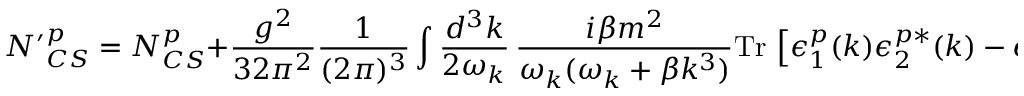
{ N ^ { \prime } } _ { C S } ^ { p } = N _ { C S } ^ { p } + \frac { g ^ { 2 } } { 3 2 \pi ^ { 2 } } \frac { 1 } { ( 2 \pi ) ^ { 3 } } \int \frac { d ^ { 3 } k } { 2 \omega _ { k } } \, \frac { i \beta m ^ { 2 } } { \omega _ { k } ( \omega _ { k } + \beta k ^ { 3 } ) } \mathrm { T r } \, \left[ \epsilon _ { 1 } ^ { p } ( k ) \epsilon _ { 2 } ^ { p * } ( k ) - \epsilon _ { 2 } ^ { p } ( k ) \epsilon _ { 1 } ^ { p * } ( k ) \right] \ ,